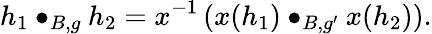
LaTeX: h_{1}\bullet_{B,g}h_{2}=x^{-1}\left(x(h_{1})\bullet_{B,g^{\prime}}x(h_{2})\right).